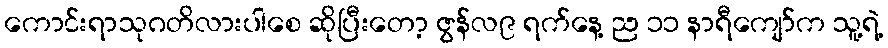
ကောင်းရာသုဂတိလားပါစေ ဆိုပြီးတော့ ဇွန်လ၉ ရက်နေ့ ည ၁၁ နာရီကျော်က သူ့ရဲ့